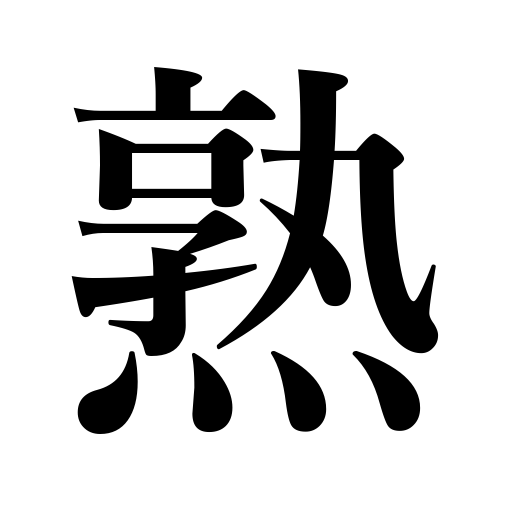
Meanings: be ripe for,mature,mellow,acquire skill,become popular as a word,ripen